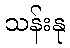
သန်းနု